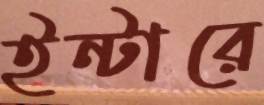
ইন্টারে